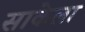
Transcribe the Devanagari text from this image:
साकेला